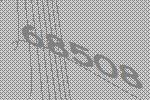
68508